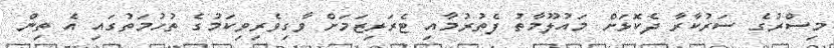
މިސްރުގެ ސަރުކާރާ ދެކޮޅަށް މައުލޫމާތު ފެތުރުމާއި ޓެރަރިޒަމަށް ވާގިވެރިވިކަމުގެ ތުހުމަތުގައި އެ ތިން